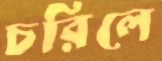
চরিলে